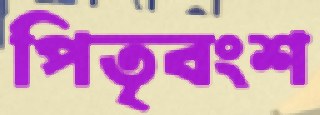
পিতৃবংশ